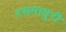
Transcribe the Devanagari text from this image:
रसमाधुरी